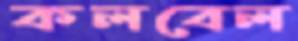
কলবেল